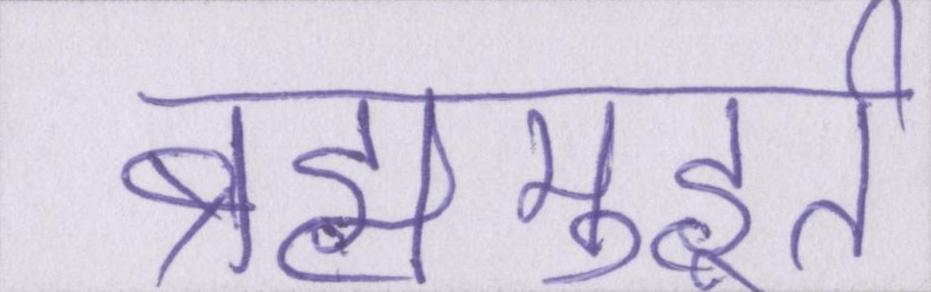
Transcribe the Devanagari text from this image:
ब्रह्ममुहूर्त